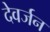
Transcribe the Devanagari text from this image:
देवर्जन